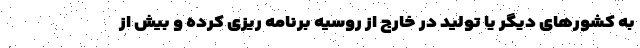
به کشورهای دیگر یا تولید در خارج از روسیه برنامه ریزی کرده و بیش از